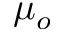
\mu _ { o }